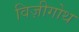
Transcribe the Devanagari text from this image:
विज़ीगोथ